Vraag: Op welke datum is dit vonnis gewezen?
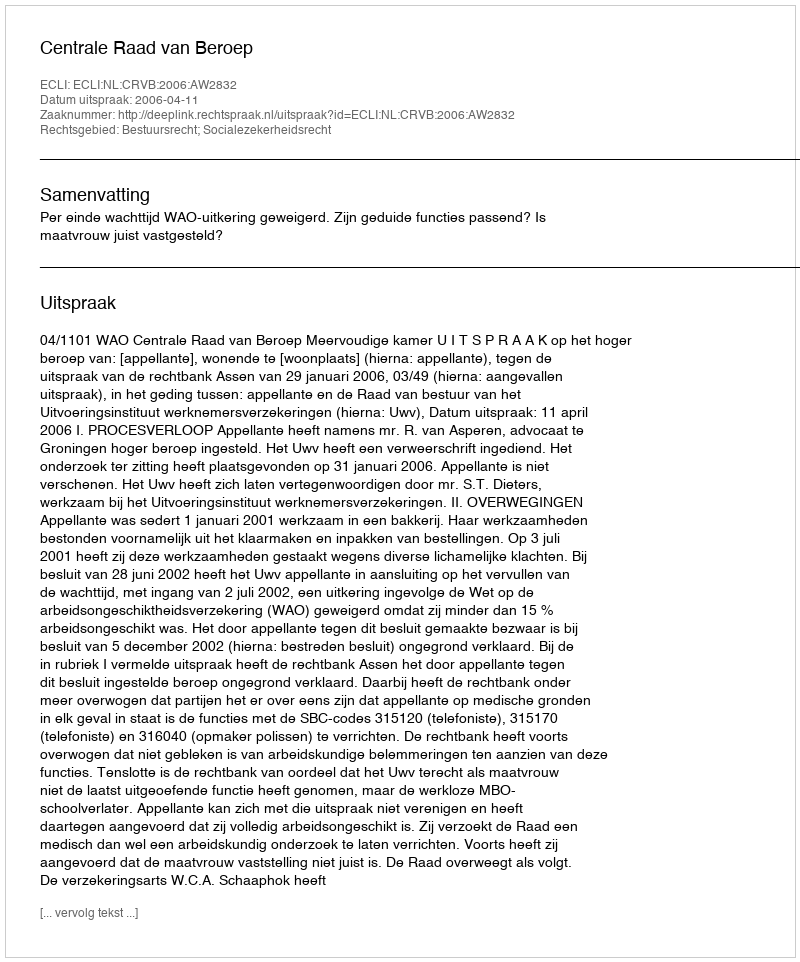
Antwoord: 2006-04-11